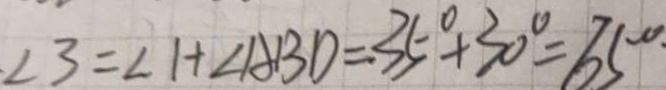
\angle 3 = \angle 1 + \angle A B D = 3 5 ^ { \circ } + 3 0 ^ { \circ } = 6 5 ^ { \circ } \cdot